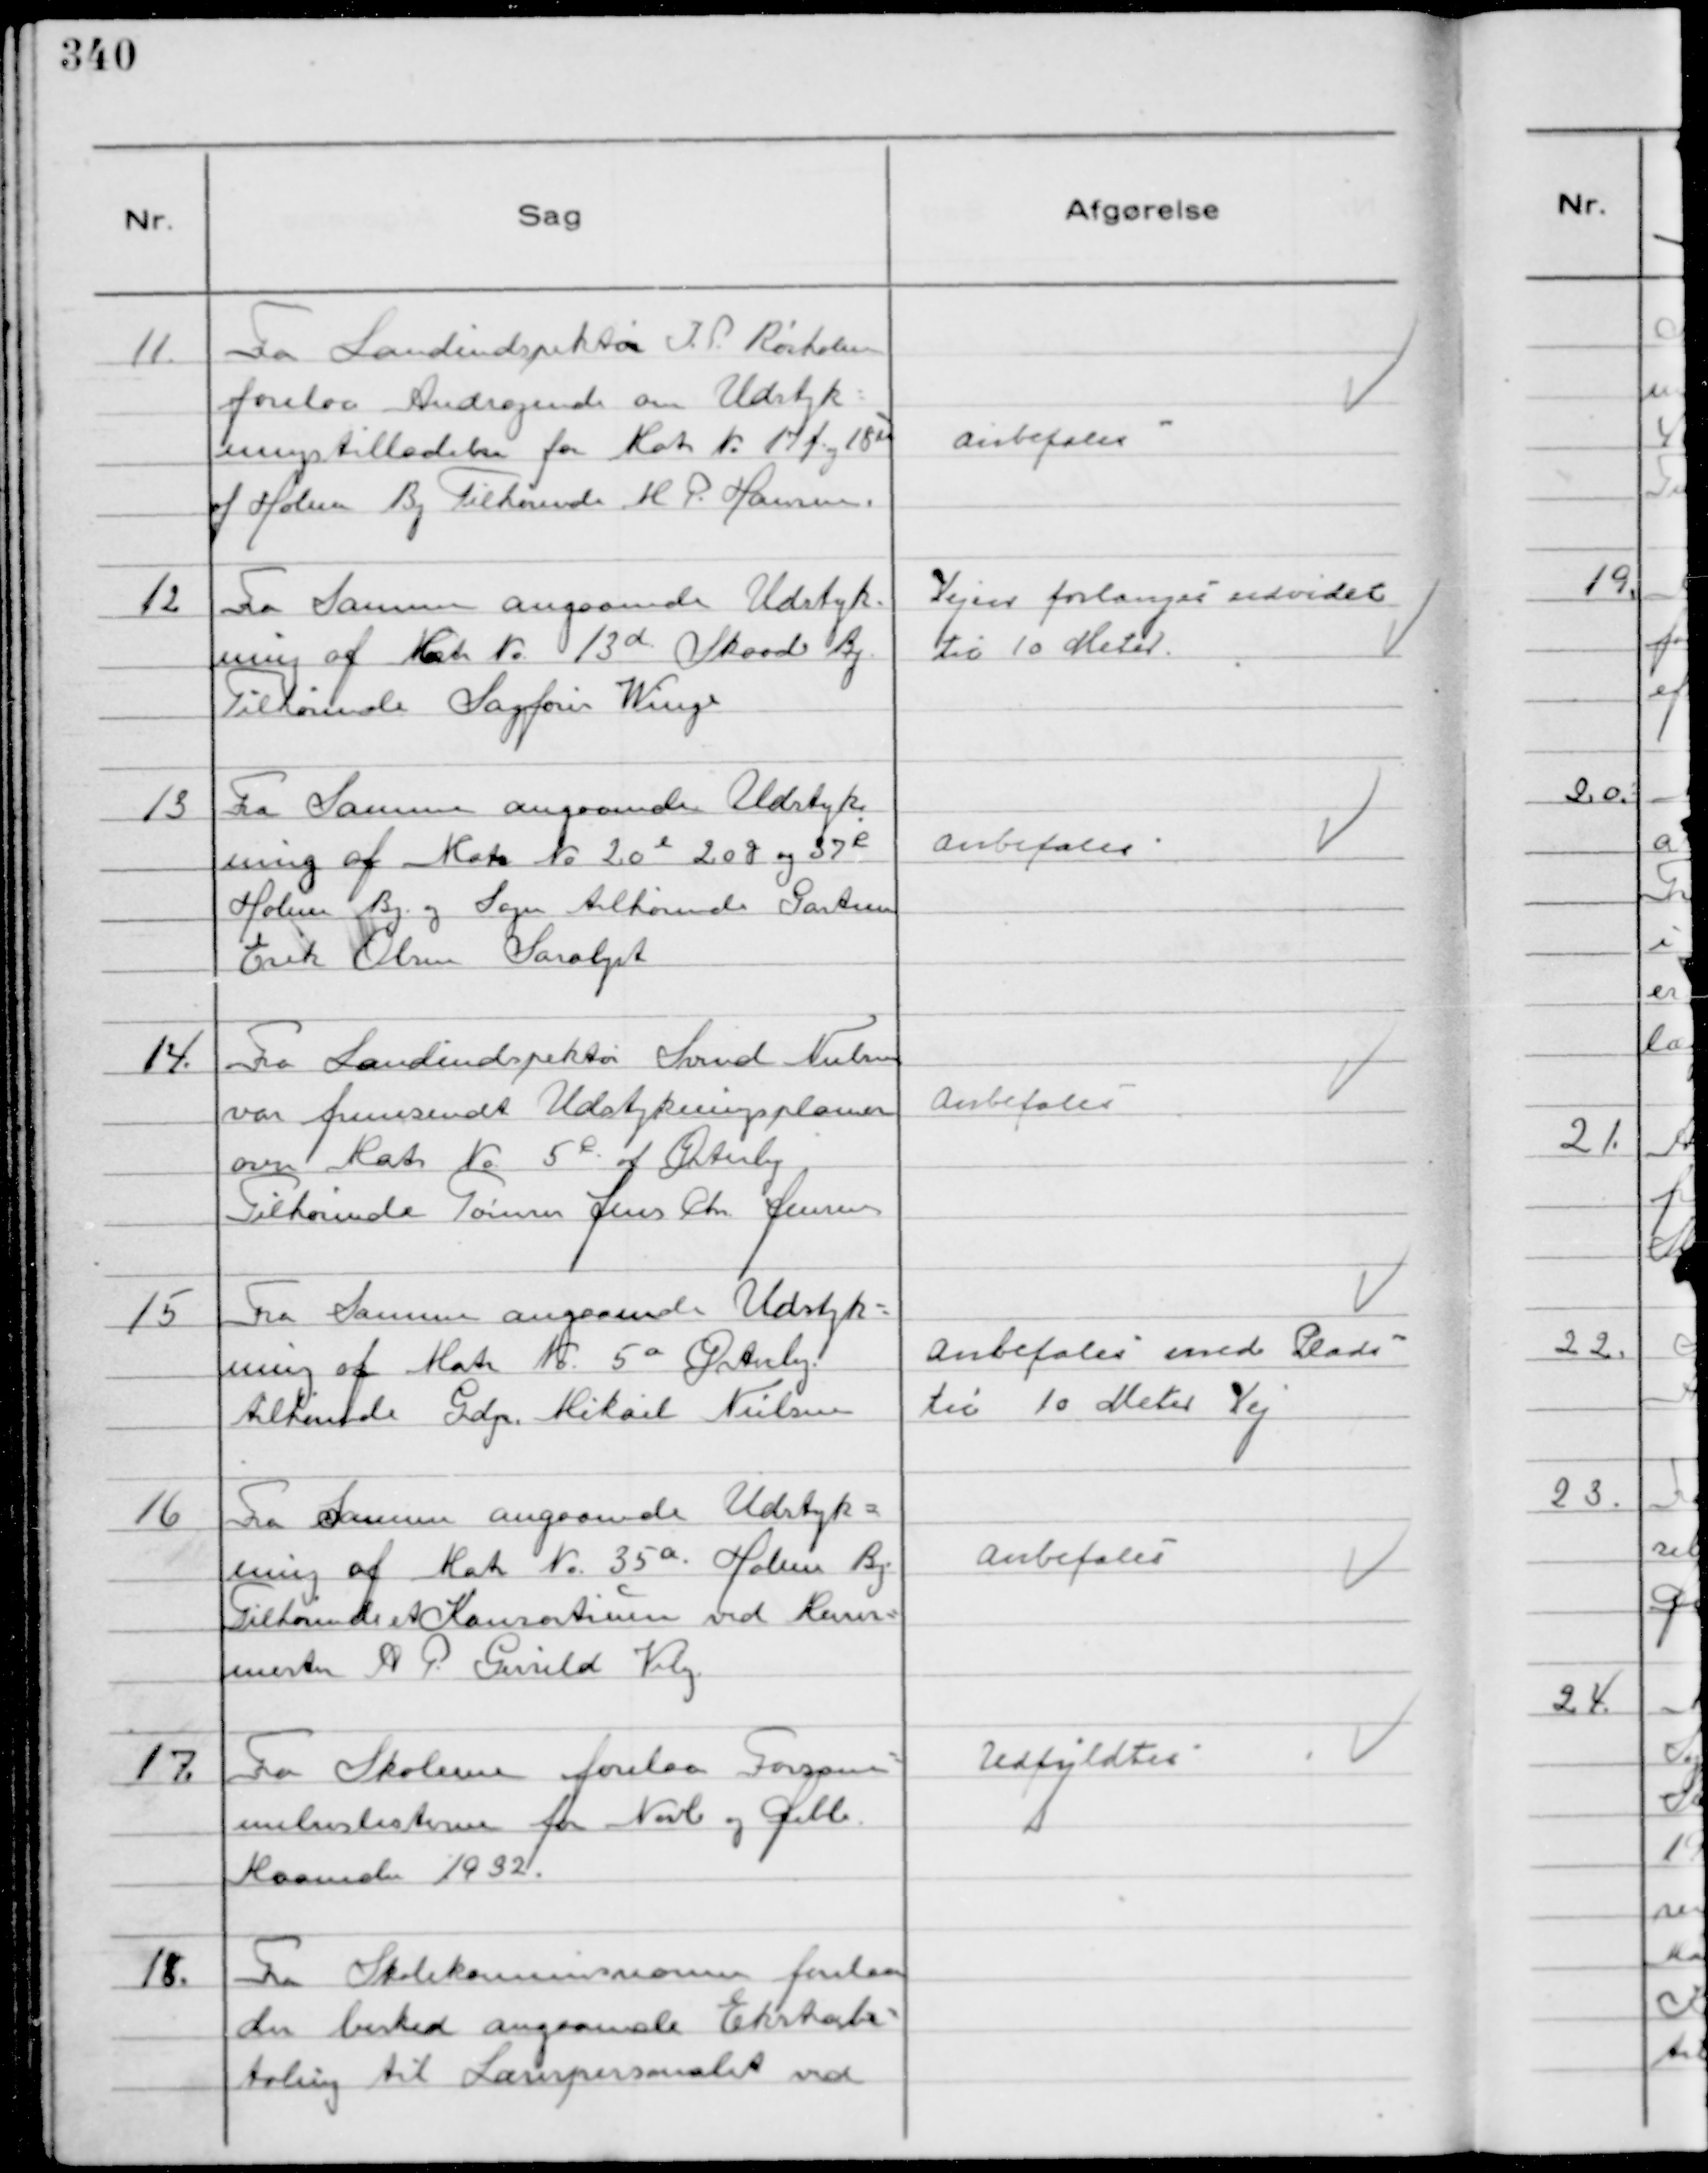
Transskription:
11.
Fra Landindspektør J. P. Rørholm
forelaa Andragende om Udstyk-
ningstilladelse for Matr № 17 f og 18 u
af Holme By Tilhørende M P. Hansen.

Anbefales

12
Fra Samme angaaende Udstyk-
ning af Matr № 13 d Skaade By.
Tilhørende Sagfører Winge

Vejen forlanges udvidet
til 10 Meter.

13
Fra Samme angaaende Udstyk
ning af Matr № 20 e 20 g og 37 R
Holme By og Sogn tilhørende Gartner
Erik Olsen Saralyst

Anbefales

14.
Fra Landindspektør Svend Nielsen
var fremsendt Udstykningsplaner
over Matr № 5 R af Østerby
Tilhørende Tømrer Jens Chr Jensen

Anbefales

15
Fra Samme angaaende Udstyk-
ning af Matr № 5 a Østerby
tilhørende Grdj. Mikael Nielsen

Anbefales med Plads
til 10 Meter Vej

16
Fra Samme angaaende Udstyk-
ning af Matr № 35 a. Holme By
Tilhørende et Konsortium ved Murer-
mester A P Gerrild Viby

Anbefales

17.
Fra Skolerne forelaa Forsøm-
melseslisterne for Novb og Debb
Maaneder 1932.

Udfyldtes

18.
Fra Skolekommissionen forelaa
der besked angaaende Ekstrabe-
taling til Lærerpersonalet ved